Sketch of the medical history of the native army of Bombay, for the year
Year: 1876
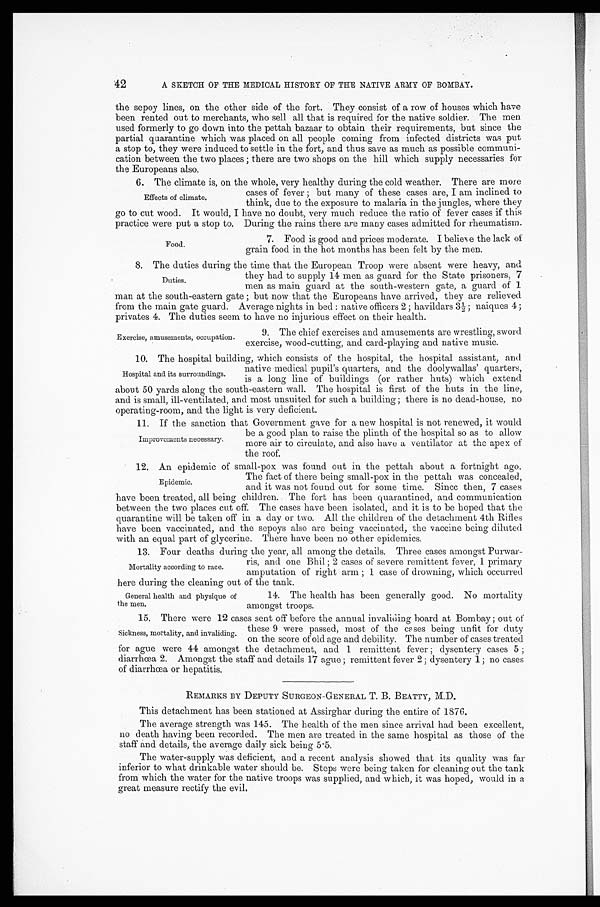
42
A SKETCH OF THE MEDICAL HISTORY OF THE NATIVE ARMY OF BOMBAY.
the sepoy lines, on the other side of the fort. They consist of a row of houses which have
been rented out to merchants, who sell all that is required for the native soldier. The men
used formerly to go down into the pettah bazaar to obtain their requirements, but since the
partial quarantine which was placed on all people coming from infected districts was put
a stop to, they were induced to settle in the fort, and thus save as much as possible communi
- c a t i o n b e t w e e n t h e t w o p l a c e s ; t h e r e a r e t w o s h o p s o n t h e h i l l w h i c h s u p p l y n e c e s s a r i e s f o r
the Europeans also.
6. The climate is, on the whole, very healthy during the cold weather. There are more
cases of fever; but many of these cases are, I am inclined to
think, due to the exposure to malaria in the jungles, where they
go to cut wood. It would, I have no doubt, very much reduce the ratio of fever cases if this
practice were put a stop to. During the rains there are many cases admitted for rheumatism.
7. Food is good and prices moderate. I believe the lack of
grain food in the hot months has been felt by the men.
8. The duties during the time that the European Troop were absent were heavy, and
they had to supply 14 men as guard for the State prisoners, 7
men as main guard at the south-western gate, a guard of 1
man at the south-eastern gate; but now that the Europeans have arrived, they are relieved
from the main gate guard. Average nights in bed: native officers 2; havildars 3½; naiques 4;
privates 4. The duties seem to have no injurious effect on their health.
Effects of climate.
Food.
Duties.
Exercise, amusements, occupation.
9. The chief exercises and amusements are wrestling, sword
exercise, wood-cutting, and card-playing and native music.
10. The hospital building, which consists of the hospital, the hospital assistant, and
native medical pupil's quarters, and the doolywallas' quarters,
is a long line of buildings (or rather huts) which extend
about 50 yards along the south-eastern wall. The hospital is first of the huts in the line,
and is small, ill-ventilated, and most unsuited for such a building; there is no dead-house, no
operating-room, and the light is very deficient.
11. If the sanction that Government gave for a new hospital is not renewed, it would
be a good plan to raise the plinth of the hospital so as to allow
more air to circulate, and also have a ventilator at the apex of
the roof.
12. An epidemic of small-pox was found out in the pettah about a fortnight ago.
The fact of there being small-pox in the pettah was concealed,
and it was not found out for some time. Since then, 7 cases
have been treated, all being children. The fort has been quarantined, and communication
between the two places cut off. The cases have been isolated, and it is to be hoped that the
quarantine will be taken off in a day or two. All the children of the detachment 4th Rifles
have been vaccinated, and the sepoys also are being vaccinated, the vaccine being diluted
with an equal part of glycerine. There have been no other epidemics.
13. Four deaths during the year, all among the details. Three cases amongst Purwar
-
ris, and one Bhil; 2 cases of severe remittent fever, 1 primary
amputation of right arm; 1 case of drowning, which occurred
here during the cleaning out of the tank.
Hospital and its surroundings.
Improvements necessary.
Epidemic.
Mortality according to race.
General health and physique of
the men.
14. The health has been generally good. No mortality
amongst troops.
15. There were 12 cases sent off before the annual invaliding board at Bombay; out of
these 9 were passed, most of the cases being unfit for duty
on the score of old age and debility. The number of cases treated
for ague were 44 amongst the detachment, and 1 remittent fever; dysentery cases 5;
diarrhœa 2. Amongst the staff and details 17 ague; remittent fever 2; dysentery 1; no cases
of diarrhœa or hepatitis.
REMARKS BY DEPUTY SURGEON-GENERAL T. B. BEATTY, M.D.
This detachment has been stationed at Assirghar during the entire of 1876.
The average strength was 145. The health of the men since arrival had been excellent,
no death having been recorded. The men are treated in the same hospital as those of the
staff and details, the average daily sick being 5.5.
The water-supply was deficient, and a recent analysis showed that its quality was far
inferior to what drinkable water should be. Steps were being taken for cleaning out the tank
from which the water for the native troops was supplied, and which, it was hoped, would in a
great measure rectify the evil.
Sickness, mortality, and invaliding.